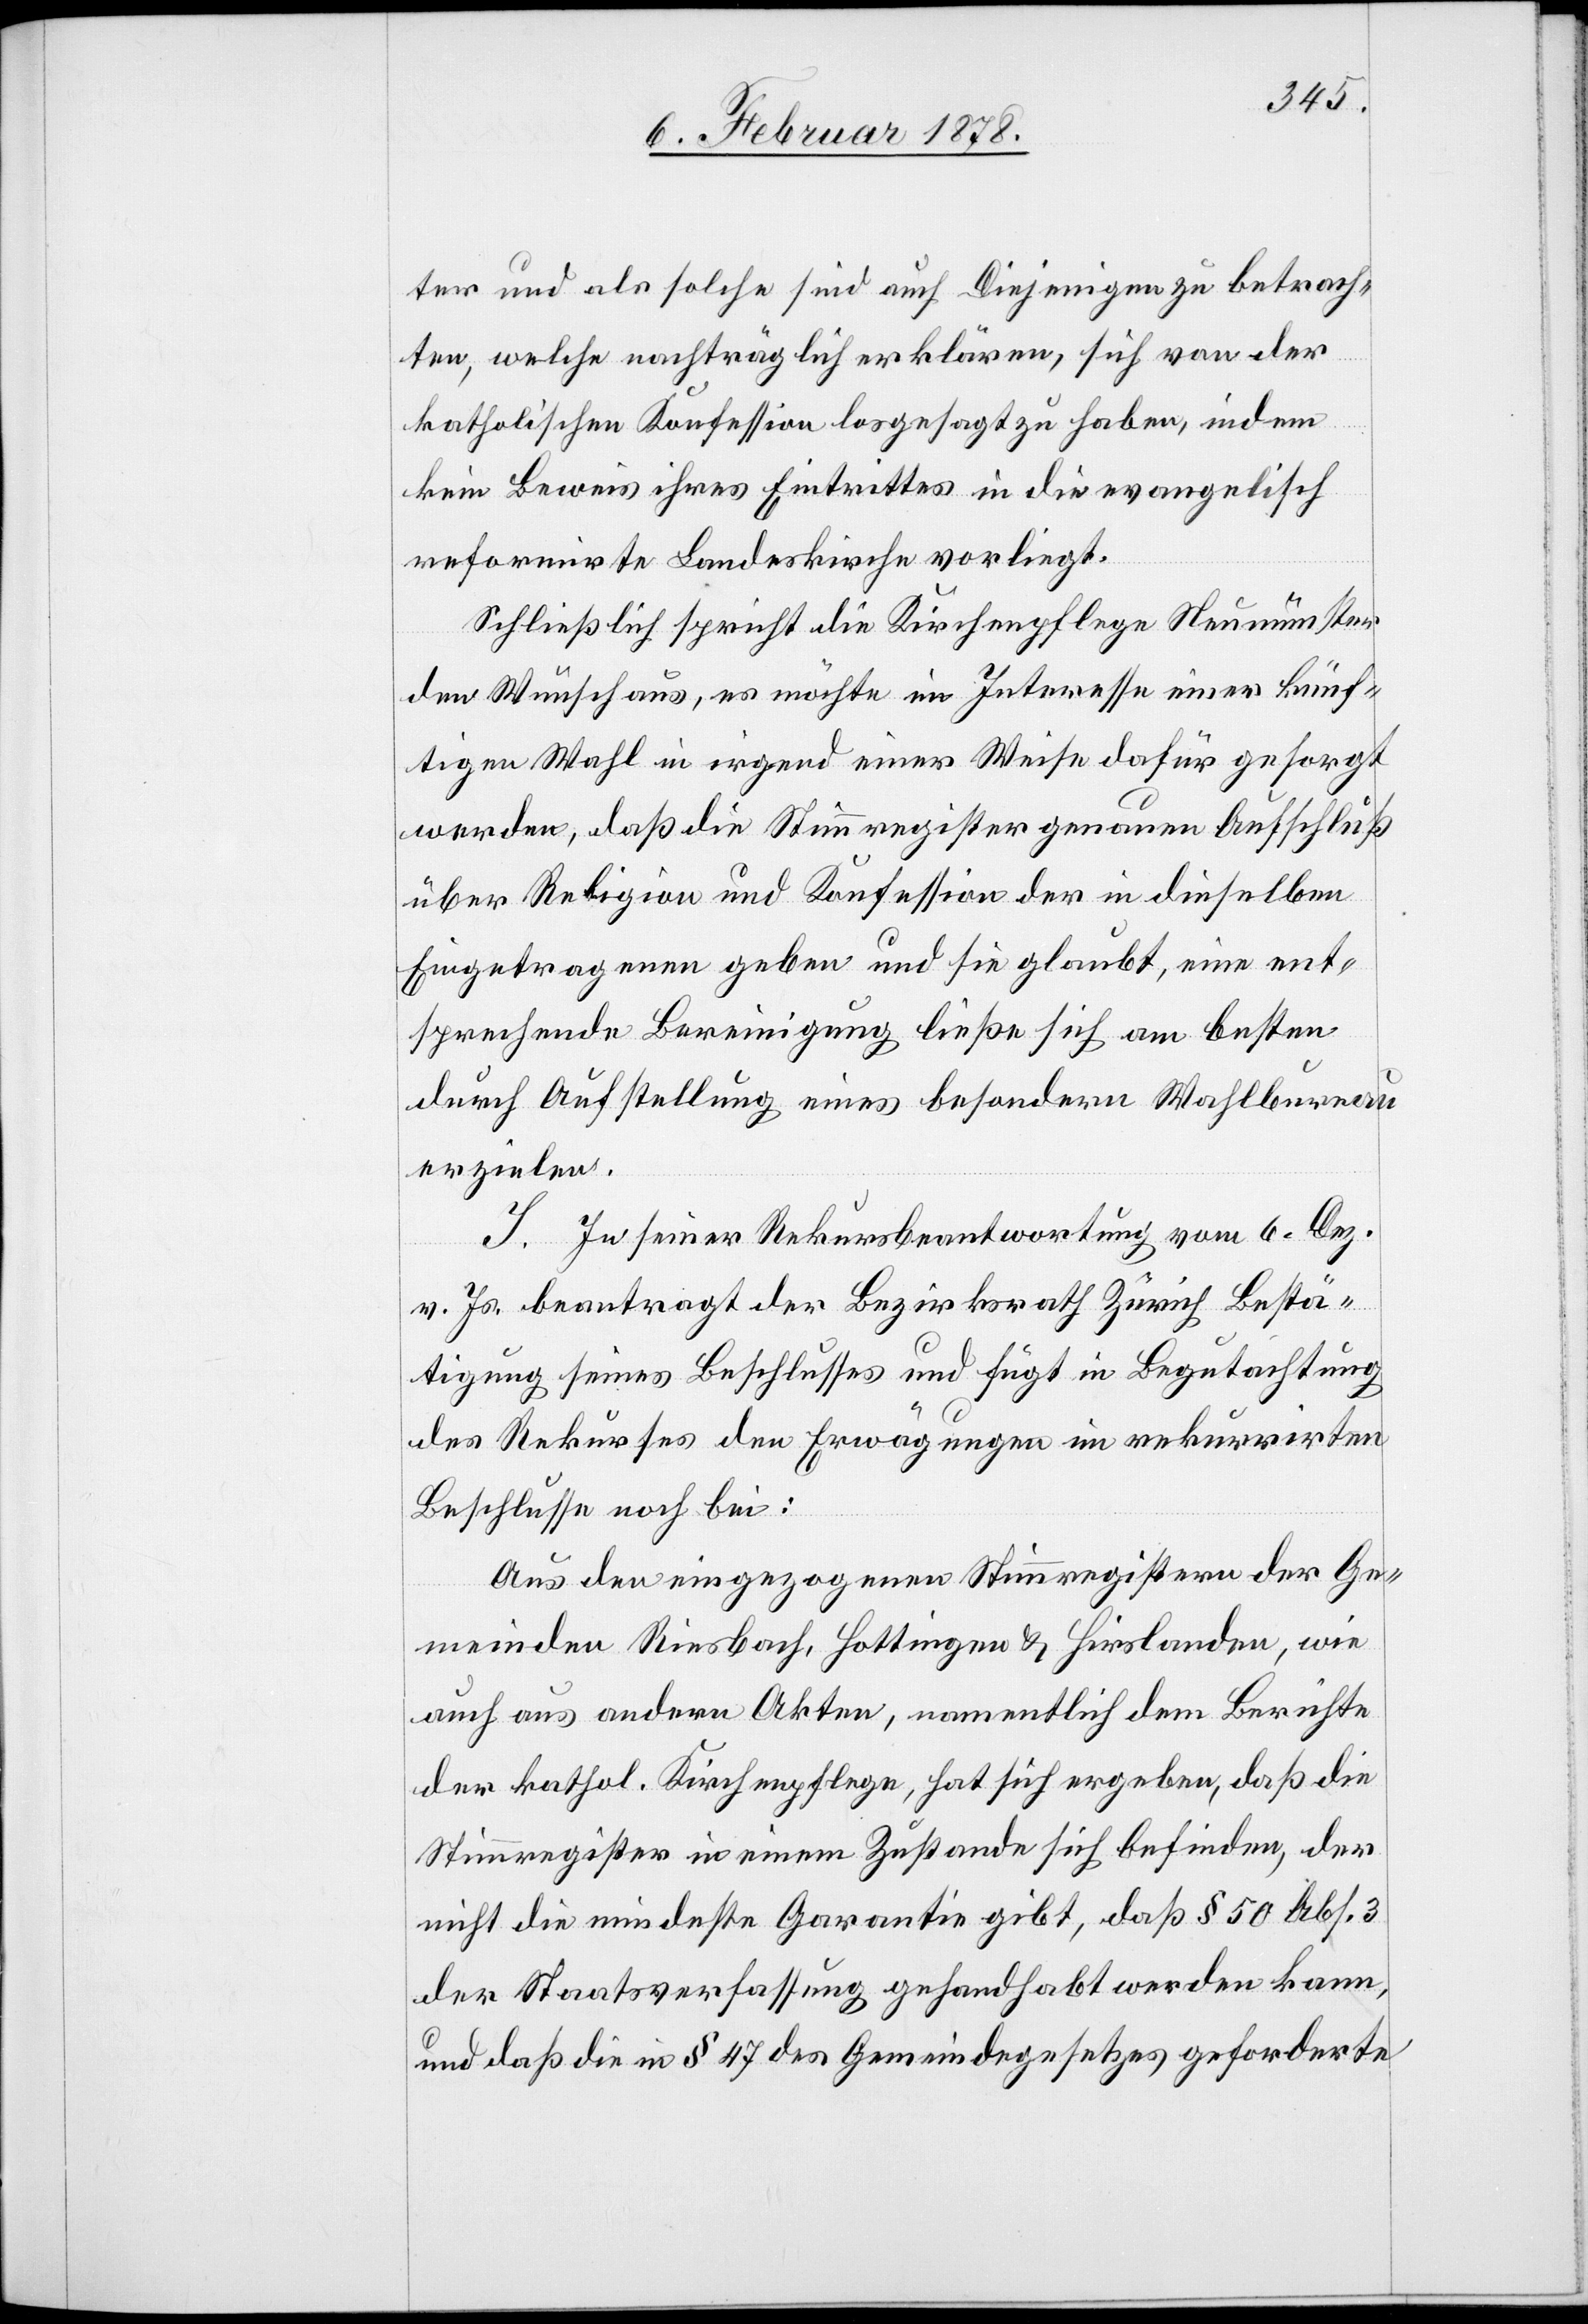
ter und als solche sind auch Diejenigen zu betrach¬
ten, welche nachträglich erklären, sich von der
katholischen Konzession losgesagt zu haben, indem
kein Beweis ihres Eintrittes in die evangelisch
reformirte Landeskirche vorliegt.
Schließlich spricht die Kirchenpflege Neumünster
den Wunsch aus, es möchte im Interesse einer künf¬
tigen Wahl in irgend einer Weise dafür gesorgt
werden, daß die Stimmregister genauen Aufschluß
über Religion und Konzession der in dieselben
Eingetragenen geben und sie glaubt, eine ent¬
sprechende Bereinigung ließe sich am besten
durch Aufstellung eines besondern Wahlbureau
erzielen.
I. In seiner Rekursbeantwortung vom 6. Dez.
v. Js. beantragt der Bezirksrath Zürich Bestä¬
tigung seines Beschlusses und fügt in Begutachtung
des Rekurses den Erwägungen im rekurrirten
Beschlusse noch bei:
Aus den eingezogenen Stimmregistern der Ge¬
meinde Riesbach, Hottingen & Hirslanden, wie
auch aus andern Akten, namentlich dem Berichte
der kathol. Kirchenpflege, hat sich ergeben, daß die
Stimmregister in einem Zustande sich befinden, der
nicht die mindeste Garantie gibt, daß § 50 Abs. 3
der Staatsverfassung gehandhabt werden kann,
und daß die in § 47 des Gemeindegesetzes geforderte